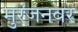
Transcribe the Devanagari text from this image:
मुरंजनवर